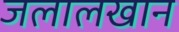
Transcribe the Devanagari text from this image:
जलालखान